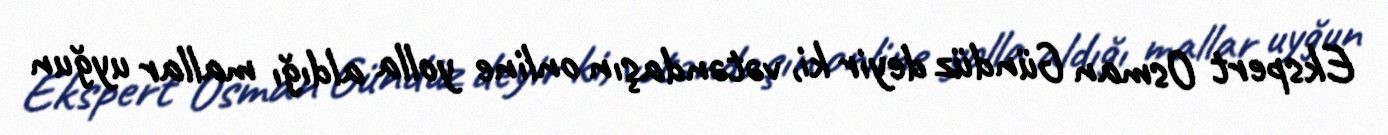
Ekspert Osman Gündüz deyir ki, vətəndaşın online yolla aldığı mallar uyğun